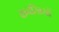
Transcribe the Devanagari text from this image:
कनखियों